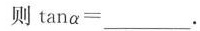
则\tan \alpha = ___.